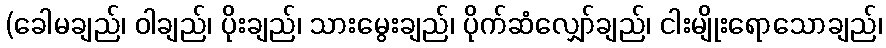
(ခေါမချည်၊ ဝါချည်၊ ပိုးချည်၊ သားမွေးချည်၊ ပိုက်ဆံလျှော်ချည်၊ ငါးမျိုးရောသောချည်၊